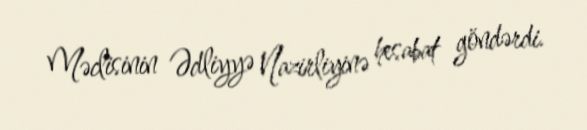
Məclisinin Ədliyyə Nazirliyinə hesabat göndərdi.